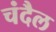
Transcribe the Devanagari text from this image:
चंदैल